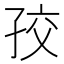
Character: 𡥡